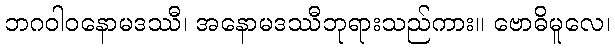
ဘဂဝါဝနောမဒဿီ၊ အနောမဒဿီဘုရားသည်ကား။ ဗောဓိမူလေ၊